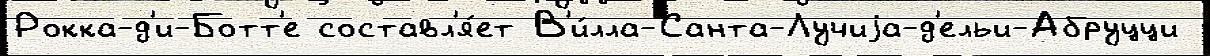
Рокка-д'и-Ботт'е составл'я́ет В'и́лла-Санта-Лучиjа-д'ельи-Абруцци